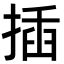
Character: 插